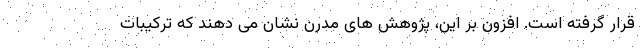
قرار گرفته است. افزون بر این، پژوهش های مدرن نشان می دهند که ترکیبات